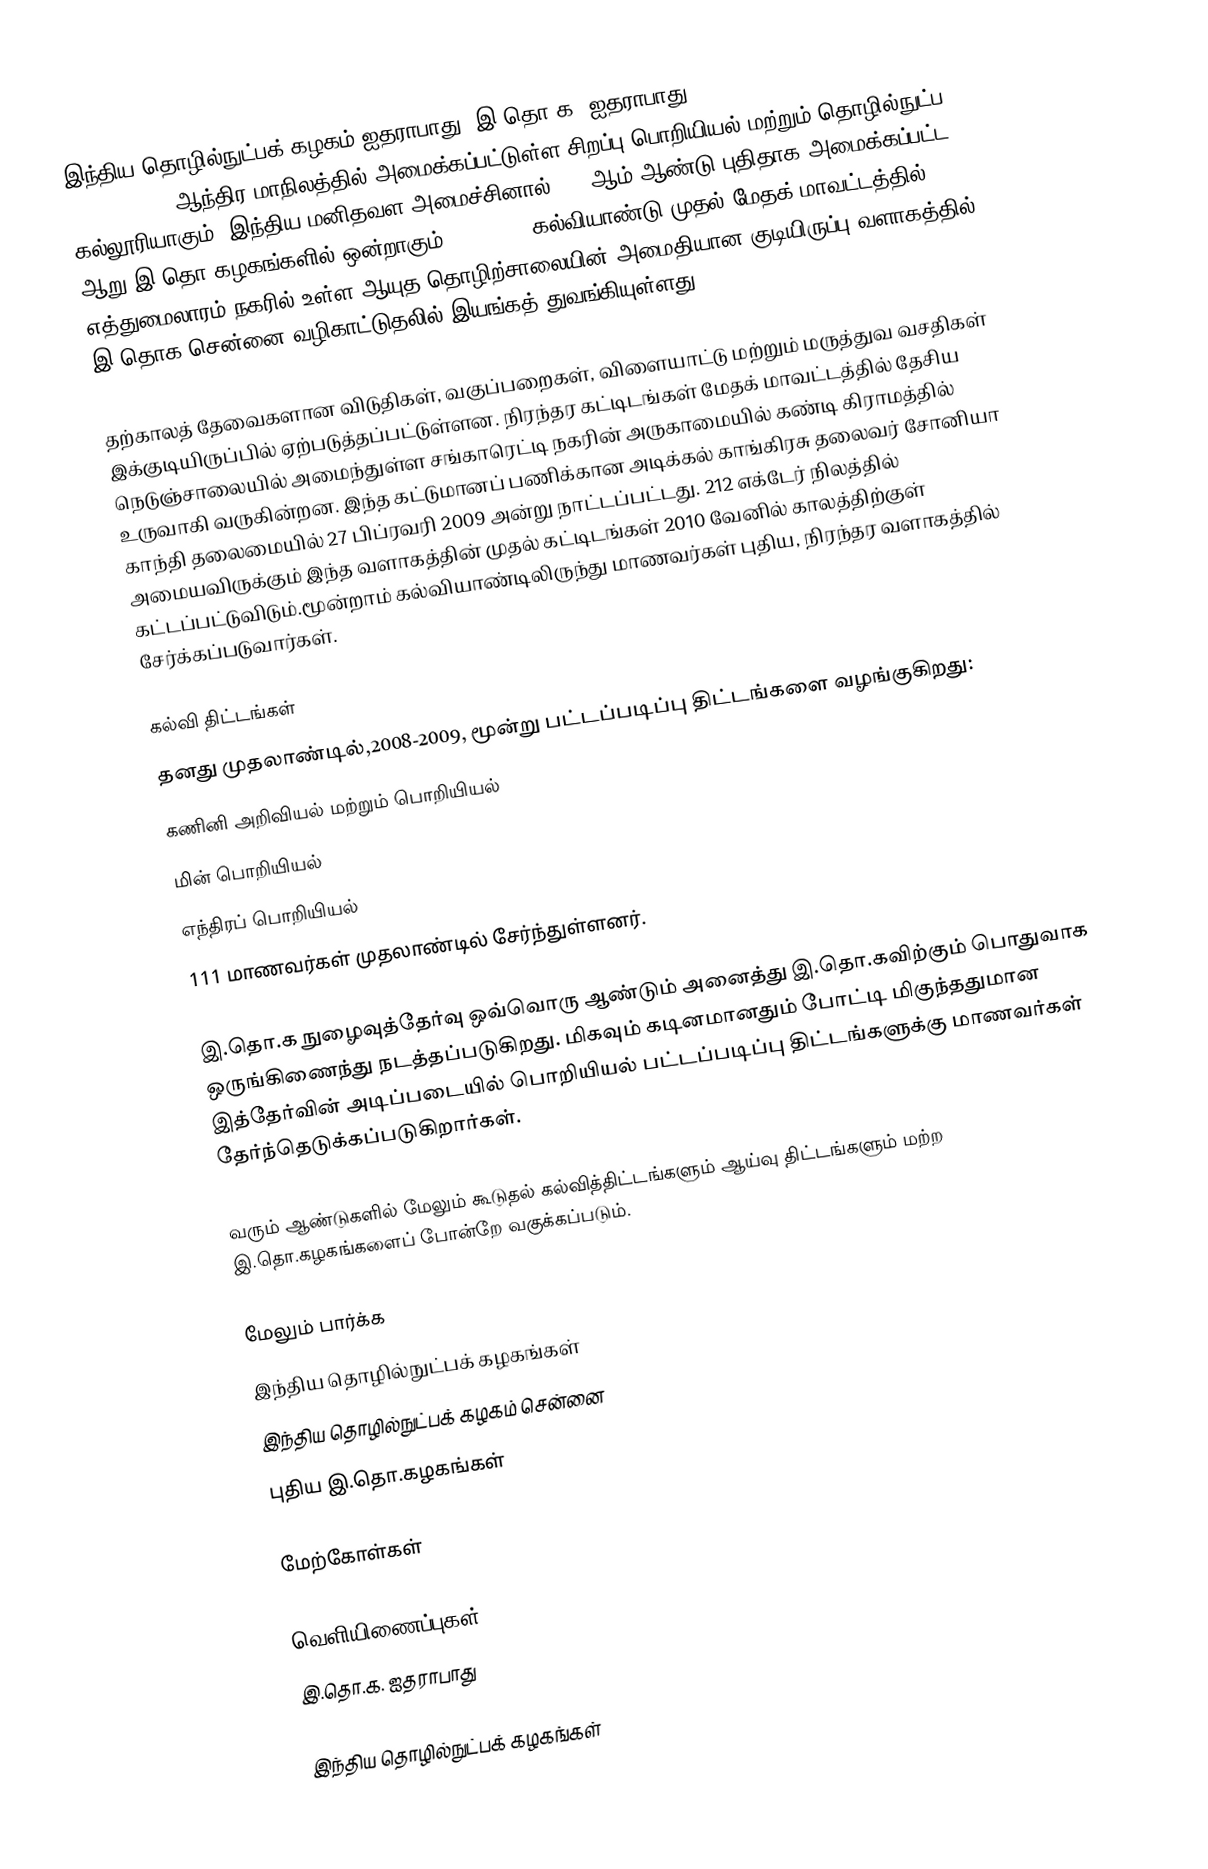
இந்திய தொழில்நுட்பக் கழகம் ஐதராபாது (இ.தொ.க. ஐதராபாது, Indian Institute of Technology Hyderabad) ) ஆந்திர மாநிலத்தில் அமைக்கப்பட்டுள்ள சிறப்பு பொறியியல் மற்றும் தொழில்நுட்ப கல்லூரியாகும். இந்திய மனிதவள அமைச்சினால் 2008ஆம் ஆண்டு புதிதாக அமைக்கப்பட்ட ஆறு இ.தொ.கழகங்களில் ஒன்றாகும்.2008-2009 கல்வியாண்டு முதல் மேதக் மாவட்டத்தில் எத்துமைலாரம் நகரில் உள்ள ஆயுத தொழிற்சாலையின் அமைதியான குடியிருப்பு வளாகத்தில் இ.தொக.சென்னை வழிகாட்டுதலில் இயங்கத் துவங்கியுள்ளது.

தற்காலத் தேவைகளான விடுதிகள், வகுப்பறைகள், விளையாட்டு மற்றும் மருத்துவ வசதிகள் இக்குடியிருப்பில் ஏற்படுத்தப்பட்டுள்ளன. நிரந்தர கட்டிடங்கள் மேதக் மாவட்டத்தில் தேசிய நெடுஞ்சாலையில் அமைந்துள்ள சங்காரெட்டி நகரின் அருகாமையில் கண்டி கிராமத்தில் உருவாகி வருகின்றன. இந்த கட்டுமானப் பணிக்கான அடிக்கல் காங்கிரசு தலைவர் சோனியா காந்தி தலைமையில் 27 பிப்ரவரி 2009 அன்று நாட்டப்பட்டது. 212 எக்டேர் நிலத்தில் அமையவிருக்கும் இந்த வளாகத்தின் முதல் கட்டிடங்கள் 2010 வேனில் காலத்திற்குள் கட்டப்பட்டுவிடும்.மூன்றாம் கல்வியாண்டிலிருந்து மாணவர்கள் புதிய, நிரந்தர வளாகத்தில் சேர்க்கப்படுவார்கள்.

கல்வி திட்டங்கள்
தனது முதலாண்டில்,2008-2009, மூன்று பட்டப்படிப்பு திட்டங்களை வழங்குகிறது:
 கணினி அறிவியல் மற்றும் பொறியியல்
 மின் பொறியியல்
 எந்திரப் பொறியியல்
111 மாணவர்கள் முதலாண்டில் சேர்ந்துள்ளனர்.

இ.தொ.க நுழைவுத்தேர்வு ஒவ்வொரு ஆண்டும் அனைத்து இ.தொ.கவிற்கும் பொதுவாக ஒருங்கிணைந்து நடத்தப்படுகிறது. மிகவும் கடினமானதும் போட்டி மிகுந்ததுமான இத்தேர்வின் அடிப்படையில் பொறியியல் பட்டப்படிப்பு திட்டங்களுக்கு மாணவர்கள் தேர்ந்தெடுக்கப்படுகிறார்கள்.

வரும் ஆண்டுகளில் மேலும் கூடுதல் கல்வித்திட்டங்களும் ஆய்வு திட்டங்களும் மற்ற இ.தொ.கழகங்களைப் போன்றே வகுக்கப்படும்.

மேலும் பார்க்க
இந்திய தொழில்நுட்பக் கழகங்கள்
இந்திய தொழில்நுட்பக் கழகம் சென்னை
புதிய இ.தொ.கழகங்கள்

மேற்கோள்கள்

வெளியிணைப்புகள்
இ.தொ.க. ஐதராபாது

இந்திய தொழில்நுட்பக் கழகங்கள்